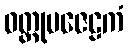
ဝတ္ထုမဇေဠကံ